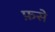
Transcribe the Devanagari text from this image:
फ़से